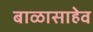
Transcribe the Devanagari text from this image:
बाळासाहेव